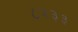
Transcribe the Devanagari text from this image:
८२३३